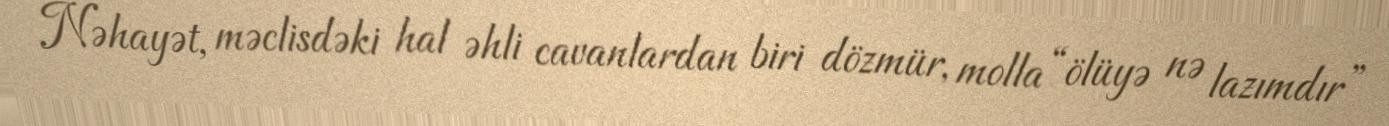
Nəhayət, məclisdəki hal əhli cavanlardan biri dözmür, molla “ölüyə nə lazımdır”